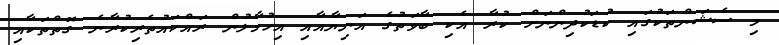
މި ސެޝަންތަކުގައި ކުޑަކުދިންނަށް ކުރާ އެކި ބާވަތުގެ އަނިޔާއާއި އިހުމާލުން ރައްކައުތެރިކުރާނެ ގޮތްތަކާއި